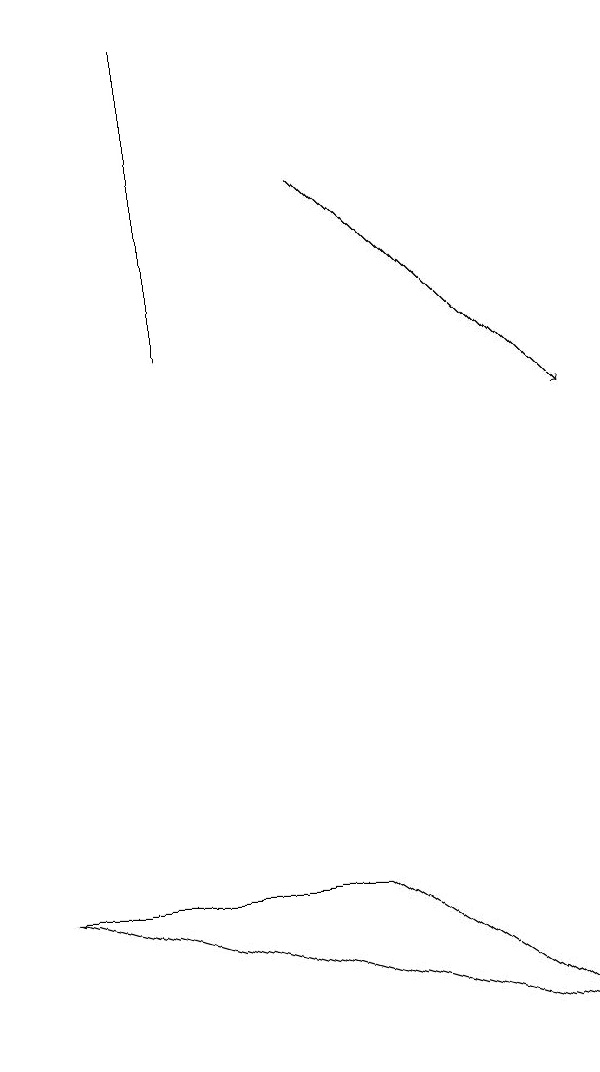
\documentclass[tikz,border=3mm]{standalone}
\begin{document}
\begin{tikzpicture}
\draw[->] (4,15) -- (7,12);
\draw (0,6) -- (7,4) -- (4,6) -- cycle;
\draw (2,17) rectangle (2,13);
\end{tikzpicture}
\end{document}